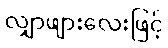
လျှာဖျားလေးဖြင့်